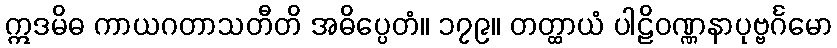
ဣဒမိဓ ကာယဂတာသတီတိ အဓိပ္ပေတံ။ ၁၇၉။ တတ္ထာယံ ပါဠိဝဏ္ဏနာပုဗ္ဗင်္ဂမော